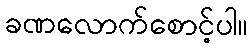
ခဏလောက်စောင့်ပါ။